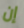
إن